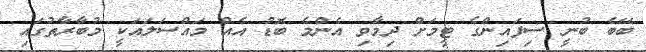
ބޭބެ ބުނީ ސިފައިންގެ ޓީމަށް ދިމާވި އެންމެ ބޮޑު އެއް މައްސަލައަކީ މުބާރާތުގައި